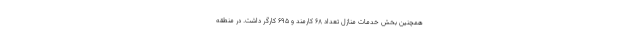
همچنین بخش خدمات منازل تعداد ۶۸ کارمند و ۶۹۵ کارگر داشت. در منطقه